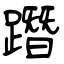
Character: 𨅔